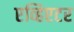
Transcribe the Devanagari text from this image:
एव्हिएटर